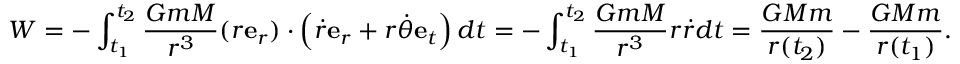
W = - \int _ { t _ { 1 } } ^ { t _ { 2 } } { \frac { G m M } { r ^ { 3 } } } ( r \mathbf { e } _ { r } ) \cdot \left( { \dot { r } } \mathbf { e } _ { r } + r { \dot { \theta } } \mathbf { e } _ { t } \right) d t = - \int _ { t _ { 1 } } ^ { t _ { 2 } } { \frac { G m M } { r ^ { 3 } } } r { \dot { r } } d t = { \frac { G M m } { r ( t _ { 2 } ) } } - { \frac { G M m } { r ( t _ { 1 } ) } } .